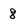
Character: 8